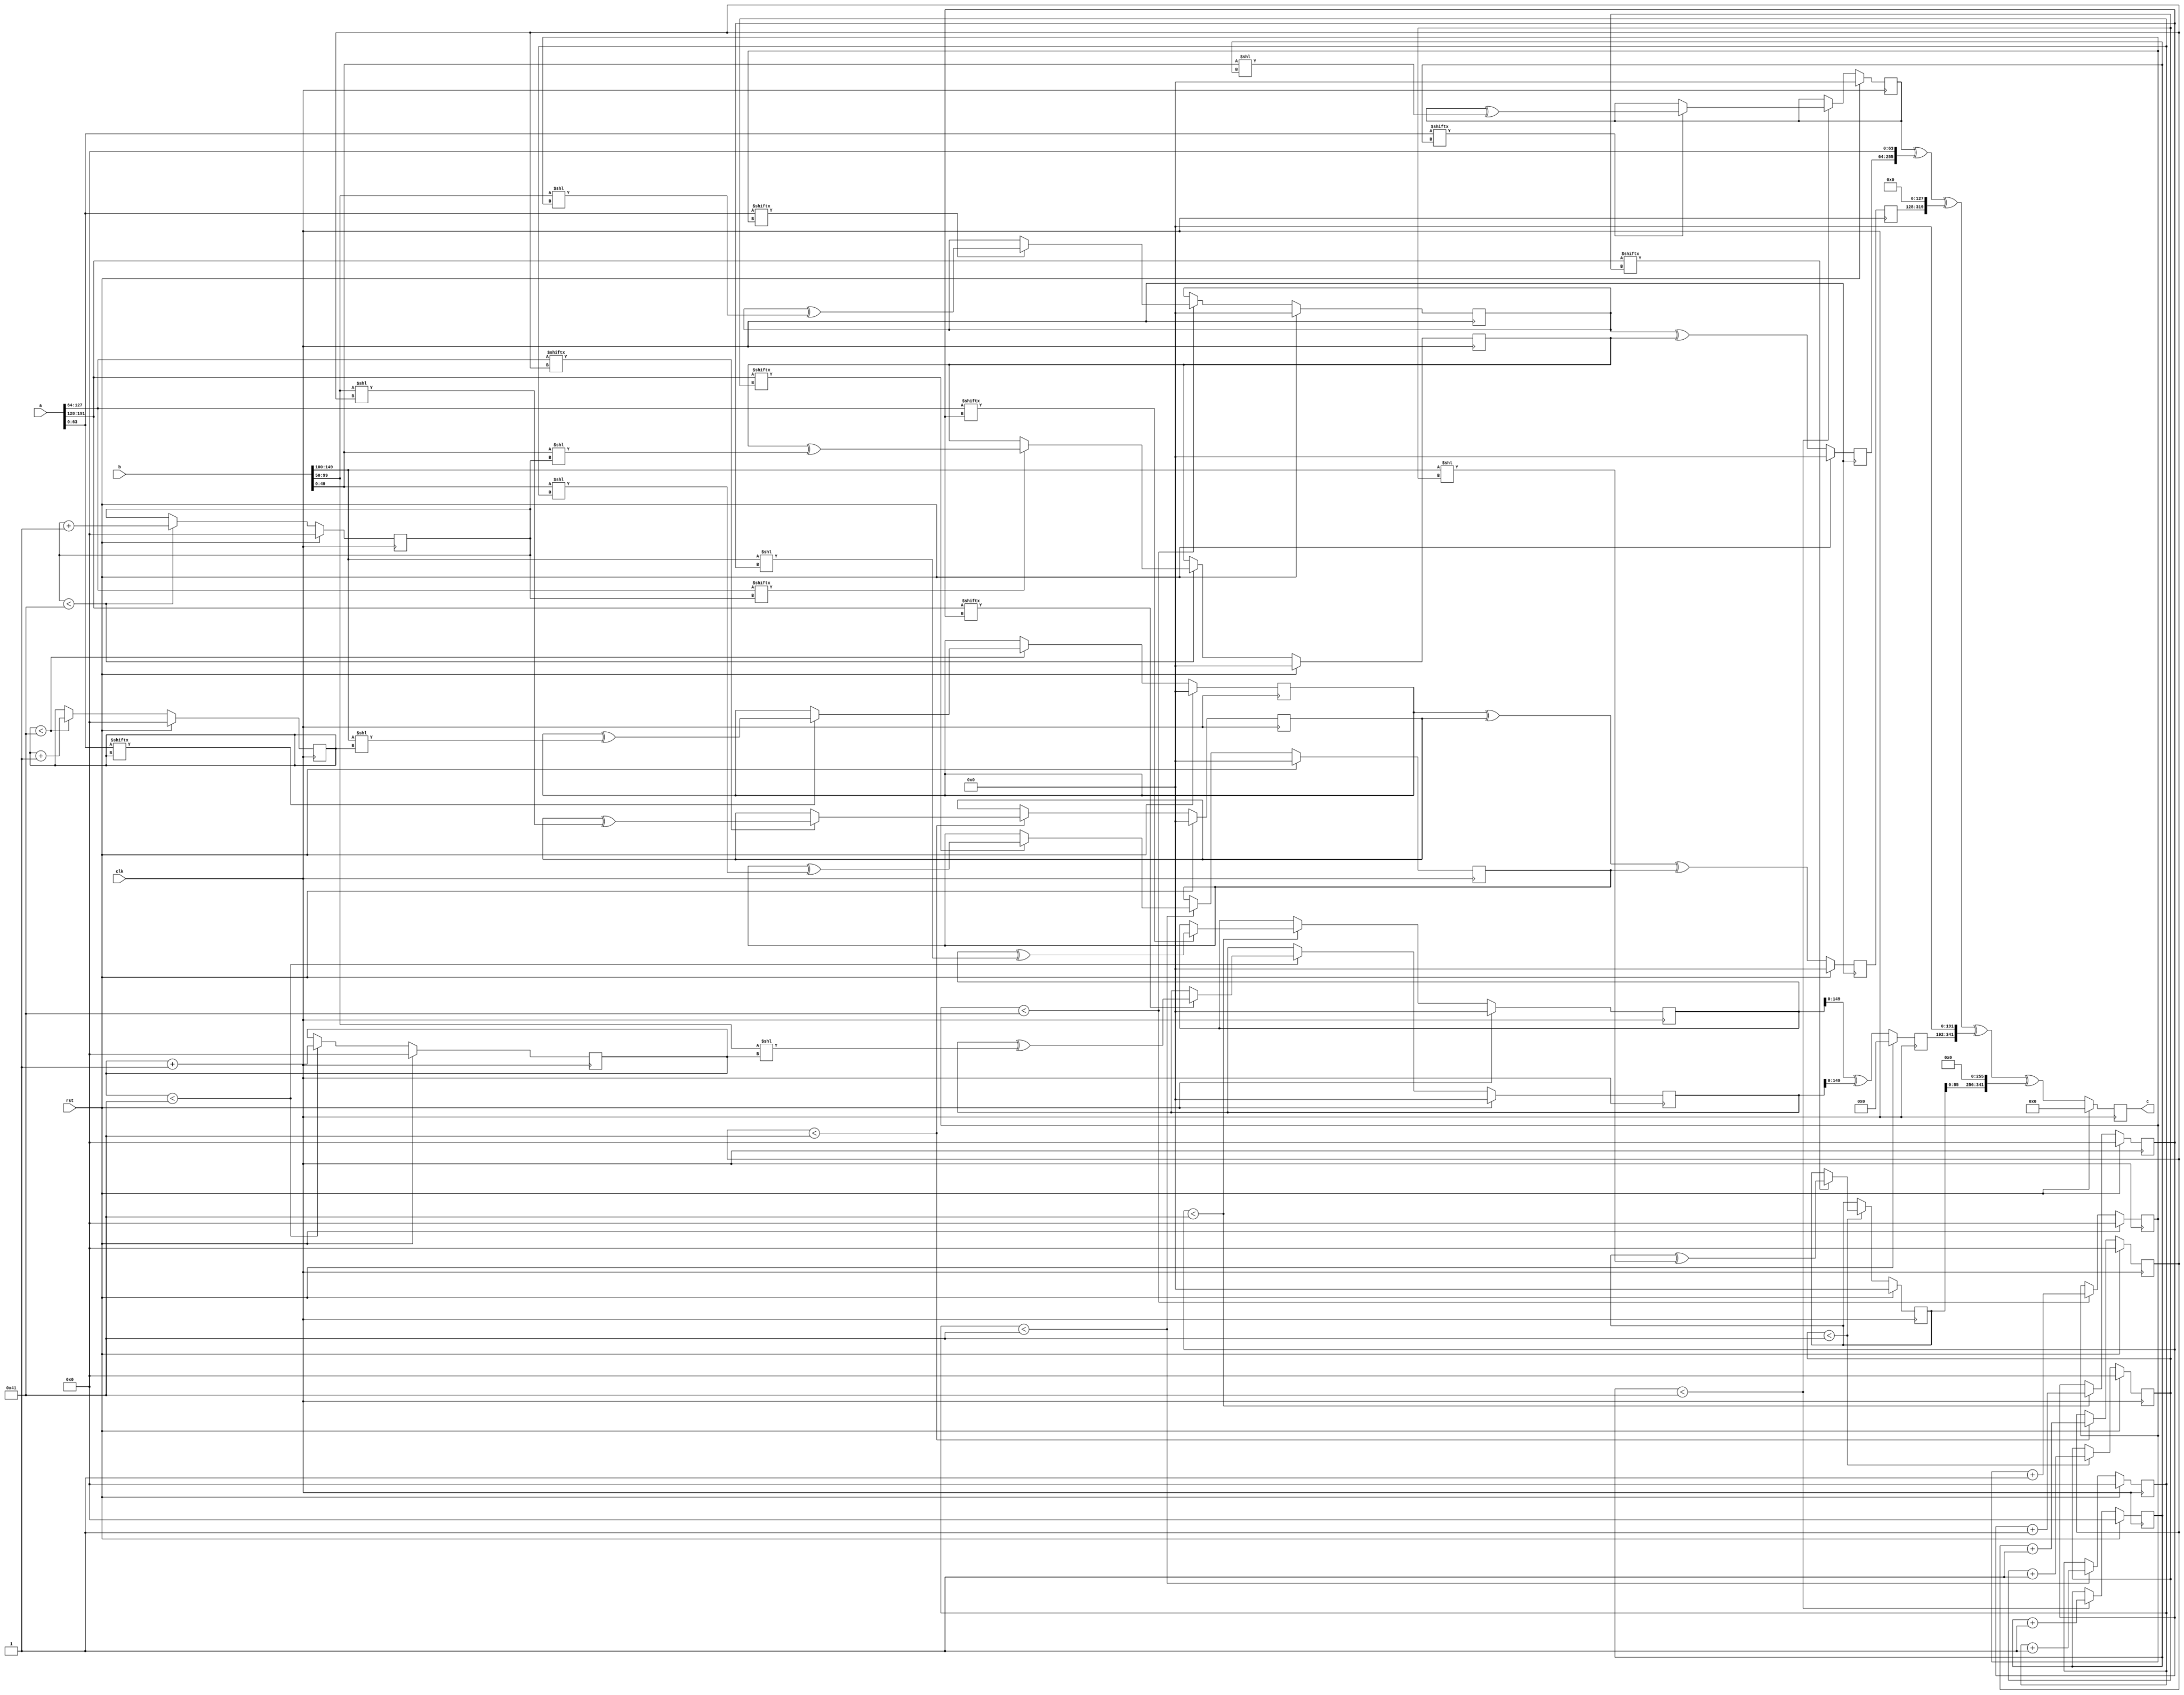
// TalTech large integer multiplier library
// Multiplier type: three_way_toom_cook
// Parameters: 192 150 2
// Target tool: genus
// Counters deceleration for each step of 3-Way TCM multiplier
// To store intermediate multiplication results of 3-Way TCM multiplier
module three_way_toom_cook(clk, rst, a, b, c);
input clk;
input rst;
input [191:0] a;
input [149:0] b;
output reg [341:0] c;

// Pipeline register declaration 
reg [191:0] c_temp_1;

// Wires declaration 
wire  [63:0] a0;
wire  [63:0] a1;
wire  [63:0] a2;
wire  [49:0] b0;
wire  [49:0] b1;
wire  [49:0] b2;

// Registers declaration 
reg  [63:0] counter_d;
reg  [63:0] counter_e1;
reg  [63:0] counter_e2;
reg  [63:0] counter_f1;
reg  [63:0] counter_f2;
reg  [63:0] counter_f3;
reg  [63:0] counter_g1;
reg  [63:0] counter_g2;
reg  [63:0] counter_h;
reg  [191:0] d;
reg  [191:0] e1_mul;
reg  [191:0] e2_mul;
reg  [191:0] e;
reg  [191:0] f1_mul;
reg  [191:0] f2_mul;
reg  [191:0] f3_mul;
reg  [191:0] f;
reg  [191:0] g1_mul;
reg  [191:0] g2_mul;
reg  [191:0] g;
reg  [191:0] h;
reg  [341:0] temp;

// Initial assignments to wires
assign a0 = a[63:0];
assign a1 = a[127:64];
assign a2 = a[191:128];
assign b0 = b[49:0];
assign b1 = b[99:50];
assign b2 = b[149:100];

// Step-1 of 3-Way TCM Multiplier
always @(posedge clk) begin
	if (rst) begin
		d <= 192'd0;
		counter_d <= 64'd0;
	end
	else if (counter_d < 65) begin
		if (a2[counter_d] == 1'b1) begin
			d <= d ^ (b2 << counter_d);
			counter_d <= counter_d + 1;
		end
		counter_d <= counter_d + 1;
	end
end

// Step-2 (Part-1) of 3-Way TCM Multiplier
always @(posedge clk) begin
	if (rst) begin
		e1_mul <= 192'd0;
		counter_e1 <= 64'd0;
	end
	else if (counter_e1 < 65) begin
		if (a1[counter_e1] == 1'b1) begin
			e1_mul <= e1_mul ^ (b2 << counter_e1);
			counter_e1 <= counter_e1 + 1;
		end
		counter_e1 <= counter_e1 + 1;
	end
end

// Step-2 (Part-2) of 3-Way TCM Multiplier
always @(posedge clk) begin
	if (rst) begin
		e2_mul <= 192'd0;
		counter_e2 <= 64'd0;
	end
	else if (counter_e2 < 65) begin
		if (a2[counter_e1] == 1'b1) begin
			e2_mul <= e2_mul ^ (b1 << counter_e2);
			counter_e2 <= counter_e2 + 1;
		end
		counter_e2 <= counter_e2 + 1;
	end
end

// Step-2 (Part-3) of 3-Way TCM Multiplier
always @(posedge clk) begin
	if (rst) begin
		e <= 192'd0;
	end
	else begin
		e <= e1_mul ^ e2_mul; 
	end
end

// Step-3 (Part-1) of 3-Way TCM Multiplier
always @(posedge clk) begin
	if (rst) begin
		f1_mul <= 192'd0;
		counter_f1 <= 64'd0;
	end
	else if (counter_f1 < 65) begin
		if (a0[counter_f1] == 1'b1) begin
			f1_mul <= f1_mul ^ (b2 << counter_f1);
			counter_f1 <= counter_f1 + 1;
		end
		counter_f1 <= counter_f1 + 1;
	end
end

// Step-3 (Part-2) of 3-Way TCM Multiplier
always @(posedge clk) begin
	if (rst) begin
		f2_mul <= 192'd0;
		counter_f2 <= 64'd0;
	end
	else if (counter_f2 < 65) begin
		if (a1[counter_f2] == 1'b1) begin
			f2_mul <= f2_mul ^ (b1 << counter_f2);
			counter_f2 <= counter_f2 + 1;
		end
		counter_f2 <= counter_f2 + 1;
	end
end

// Step-3 (Part-3) of 3-Way TCM Multiplier
always @(posedge clk) begin
	if (rst) begin
		f3_mul <= 192'd0;
		counter_f3 <= 64'd0;
	end
	else if (counter_f3 < 65) begin
		if (a2[counter_f3] == 1'b1) begin
			f3_mul <= f3_mul ^ (b0 << counter_f3);
			counter_f3 <= counter_f3 + 1;
		end
		counter_f3 <= counter_f3 + 1;
	end
end

// Step-3 (Part-4) of 3-Way TCM Multiplier
always @(posedge clk) begin
	if (rst) begin
		f <= 192'd0;
	end
	else begin
		f <= f1_mul ^ f2_mul ^ f3_mul; 
	end
end

// Step-4 (Part-1) of 3-Way TCM Multiplier
always @(posedge clk) begin
	if (rst) begin
		g1_mul <= 192'd0;
		counter_g1 <= 64'd0;
	end
	else if (counter_g1 < 65) begin
		if (a0[counter_g1] == 1'b1) begin
			g1_mul <= g1_mul ^ (b1 << counter_g1);
			counter_g1 <= counter_g1 + 1;
		end
		counter_g1 <= counter_g1 + 1;
	end
end

// Step-4 (Part-2) of 3-Way TCM Multiplier
always @(posedge clk) begin
	if (rst) begin
		g2_mul <= 192'd0;
		counter_g2 <= 64'd0;
	end
	else if (counter_g2 < 65) begin
		if (a1[counter_g2] == 1'b1) begin
			g2_mul <= g2_mul ^ (b0 << counter_g2);
			counter_g2 <= counter_g2 + 1;
		end
		counter_g2 <= counter_g2 + 1;
	end
end

// Step-4 (Part-3) of 3-Way TCM Multiplier
always @(posedge clk) begin
	if (rst) begin
		g <= 192'd0;
	end
	else begin
		g <= g1_mul ^ g2_mul; 
	end
end

// Step-5 of 3-Way TCM Multiplier
always @(posedge clk) begin
	if (rst) begin
		h <= 192'd0;
		counter_h <= 64'd0;
	end
	else if (counter_h < 65) begin
		if (a0[counter_h] == 1'b1) begin
			h <= h ^ (b0 << counter_h);
			counter_h <= counter_h + 1;
		end
	counter_h <= counter_h + 1;
	end
end

// Step-6 of 3-Way TCM Multiplier
always @(posedge clk) begin
	if (rst) begin
		temp = 342'd0;
		c = 342'd0;
	end
	else begin
		temp = h;
		temp = temp ^ (g << 64);
		temp = temp ^ (c_temp_1 << 128);
		temp = temp ^ (e << 192);
		temp = temp ^ (d << 256);
		c = temp;
	end
end

// pipeline stages
always @(posedge clk) begin
	c_temp_1 <= f;
end
endmodule